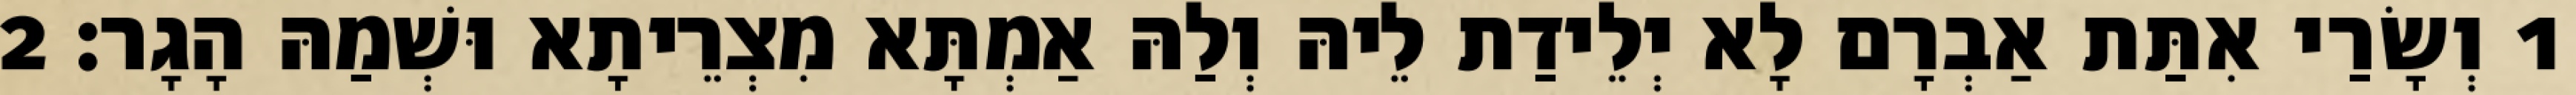
1 וְשָׂרַי אִתַּת אַבְרָם לָא יְלֵידַת לֵיהּ וְלַהּ אַמְתָּא מִצְרֵיתָא וּשְׁמַהּ הָגָר׃ 2